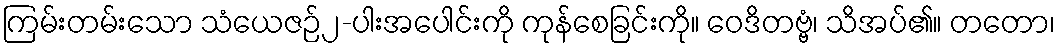
ကြမ်းတမ်းသော သံယေဇဉ်၂-ပါးအပေါင်းကို ကုန်စေခြင်းကို။ ဝေဒိတဗ္ဗံ၊ သိအပ်၏။ တတော၊